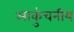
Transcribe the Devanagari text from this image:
आकुंचनीय